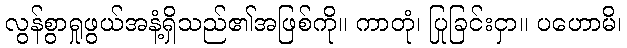
လွန်စွာရှုဖွယ်အနံ့ရှိသည်၏အဖြစ်ကို။ ကာတုံ၊ ပြုခြင်းငှာ။ ပဟောမိ၊